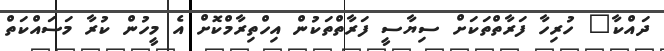
ދައްކާ" ހުރިހާ ފަރާތްތަކަށް ސިޔާސީ ފަރާތްތަކުން އިހްތިރާމްކޮށް އެ މީހުން ކުރާ މަސައްކަތް